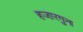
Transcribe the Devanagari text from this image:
हजारगुना